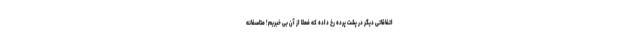
اتفاقاتی دیگر در پشت پرده رخ داده که فعلا از آن بی خبریم! متاسفانه